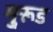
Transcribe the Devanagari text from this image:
मु्रूड